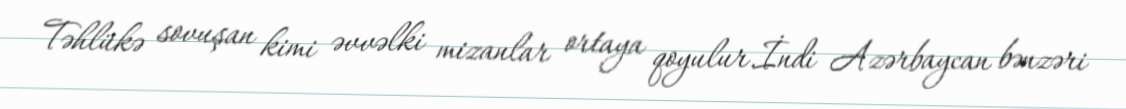
Təhlükə sovuşan kimi əvvəlki mizanlar ortaya qoyulur.İndi Azərbaycan bənzəri